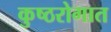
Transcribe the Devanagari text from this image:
कुष्ठरोगात